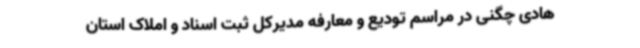
هادی چگنی در مراسم تودیع و معارفه مدیرکل ثبت اسناد و املاک استان